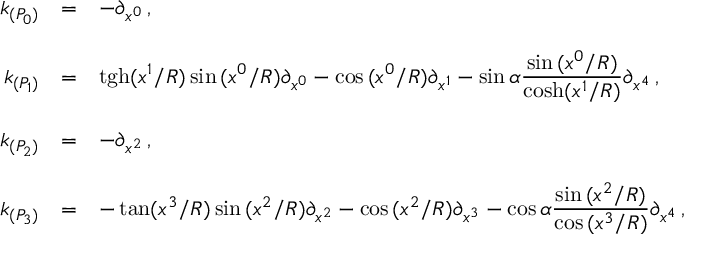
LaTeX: \begin{array} { r c l } { { k _ { ( P _ { 0 } ) } } } & { { = } } & { { - \partial _ { x ^ { 0 } } \, , } } \\ { { } } & { { } } & { { } } \\ { { k _ { ( P _ { 1 } ) } } } & { { = } } & { { \mathrm { t g h } ( x ^ { 1 } / R ) \sin { ( x ^ { 0 } / R ) } \partial _ { x ^ { 0 } } - \cos { ( x ^ { 0 } / R ) } \partial _ { x ^ { 1 } } - \sin { \alpha } { \displaystyle \frac { \sin { ( x ^ { 0 } / R ) } } { \mathrm { c o s h } ( x ^ { 1 } / R ) } } \partial _ { x ^ { 4 } } \, , } } \\ { { } } & { { } } & { { } } \\ { { k _ { ( P _ { 2 } ) } } } & { { = } } & { { - \partial _ { x ^ { 2 } } \, , } } \\ { { } } & { { } } & { { } } \\ { { k _ { ( P _ { 3 } ) } } } & { { = } } & { { - \tan ( x ^ { 3 } / R ) \sin { ( x ^ { 2 } / R ) } \partial _ { x ^ { 2 } } - \cos { ( x ^ { 2 } / R ) } \partial _ { x ^ { 3 } } - \cos { \alpha } { \displaystyle \frac { \sin { ( x ^ { 2 } / R ) } } { \cos { ( x ^ { 3 } / R ) } } } \partial _ { x ^ { 4 } } \, , } } \end{array}